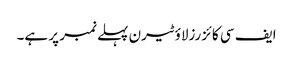
ایف سی کائزرزلاؤٹیرن پہلے نمبر پر ہے۔